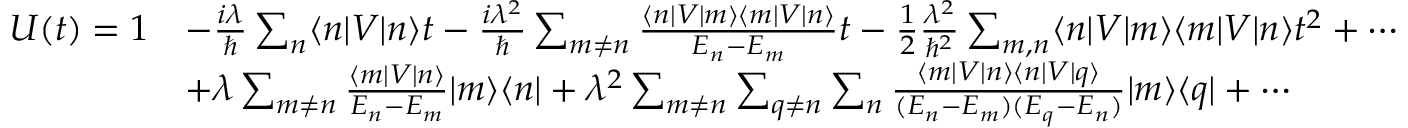
{ \begin{array} { r l } { U ( t ) = 1 } & { - { \frac { i \lambda } { \hbar } } \sum _ { n } \langle n | V | n \rangle t - { \frac { i \lambda ^ { 2 } } { \hbar } } \sum _ { m \neq n } { \frac { \langle n | V | m \rangle \langle m | V | n \rangle } { E _ { n } - E _ { m } } } t - { \frac { 1 } { 2 } } { \frac { \lambda ^ { 2 } } { \hbar ^ { 2 } } } \sum _ { m , n } \langle n | V | m \rangle \langle m | V | n \rangle t ^ { 2 } + \cdots } \\ & { + \lambda \sum _ { m \neq n } { \frac { \langle m | V | n \rangle } { E _ { n } - E _ { m } } } | m \rangle \langle n | + \lambda ^ { 2 } \sum _ { m \neq n } \sum _ { q \neq n } \sum _ { n } { \frac { \langle m | V | n \rangle \langle n | V | q \rangle } { ( E _ { n } - E _ { m } ) ( E _ { q } - E _ { n } ) } } | m \rangle \langle q | + \cdots } \end{array} }